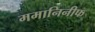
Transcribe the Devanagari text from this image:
ममानिनीफ